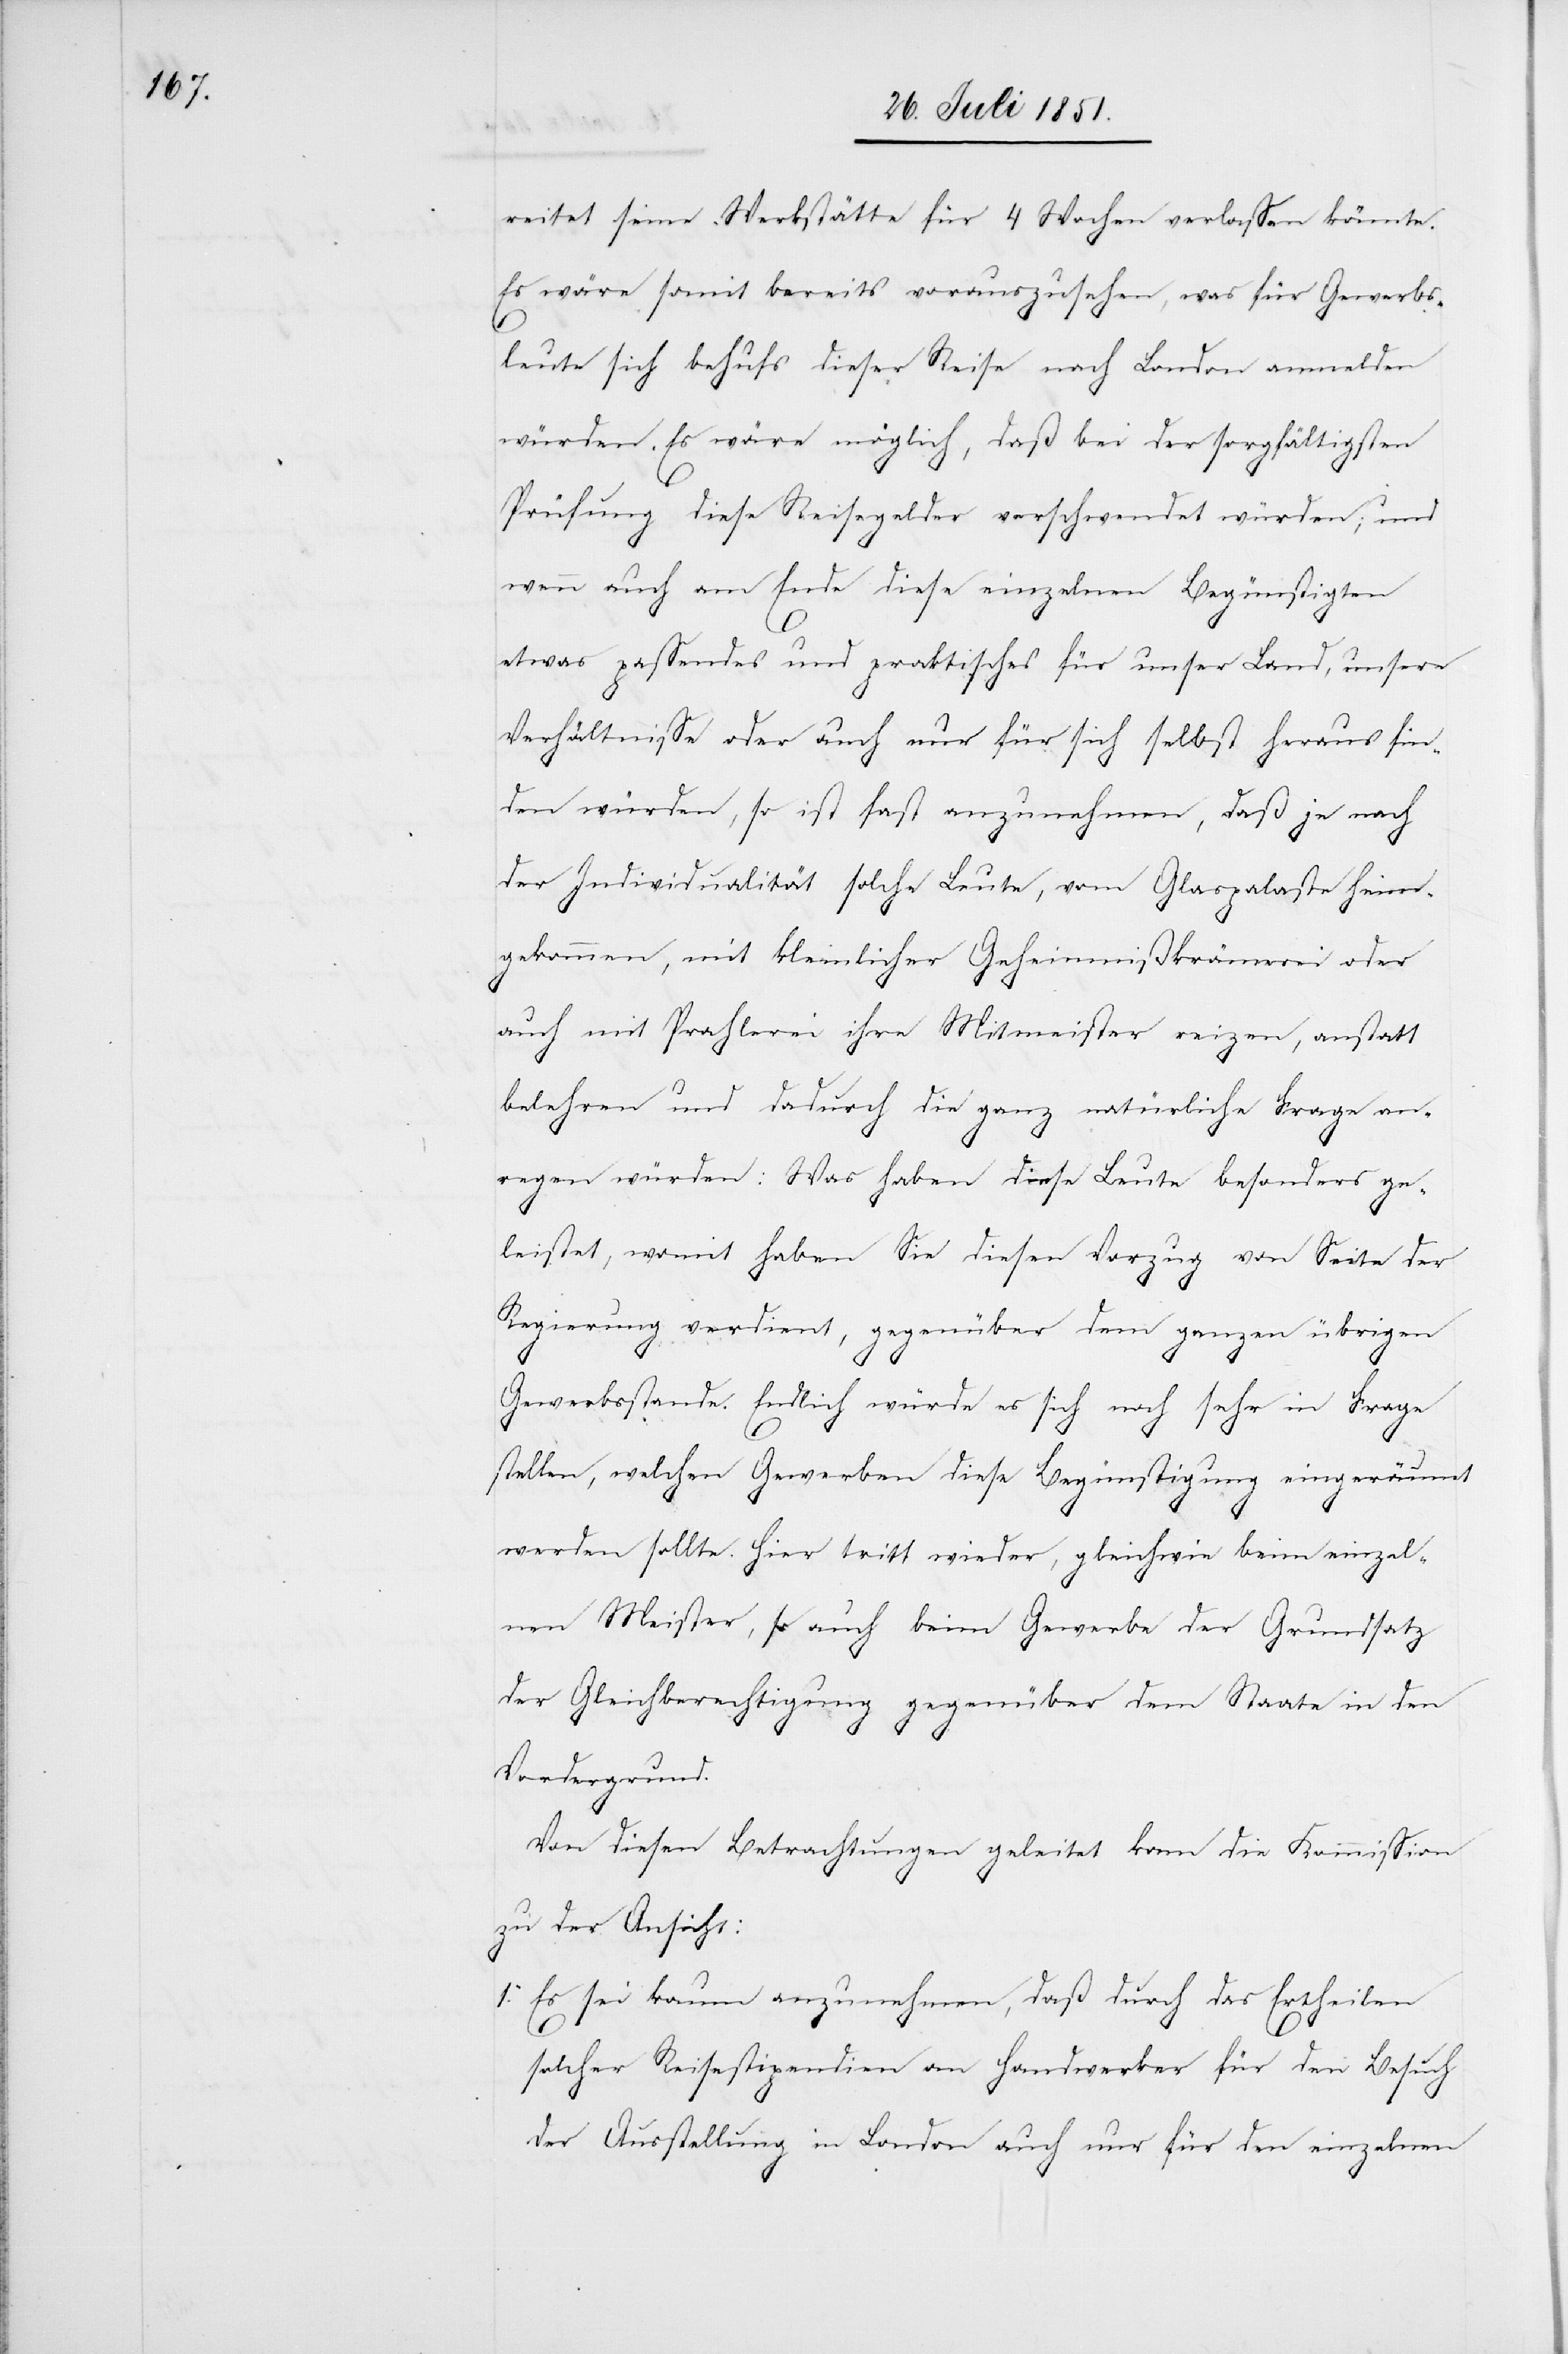
reitet seine Werkstätte für 4 Wochen verlassen könnte.
Es wäre somit bereits vorauszusehen, was für Gewerbs¬
leute sich behufs dieser Reise nach London anmelden
würden. Es wäre möglich, daß bei der sorgfältigsten
Prüfung diese Reisegelder verschwendet würden; und
wenn auch am Ende diese einzelnen Begünstigten
1.
etwas passendes und praktisches für unser Land, unsere
Verhältnisse oder auch nur für sich selbst heraus fin¬
den würden, so ist fast anzunehmen, daß je nach
der Individualität solche Leute, vom Glaspalaste heim¬
gekommen, mit kleinlicher Geheimnißkrämerei oder
auch mit Prahlerei ihre Mitmeister reizen, anstatt
belehren und dadurch die ganz natürliche Frage an¬
regen würden: Was haben diese Leute besonders ge¬
leistet, womit haben Sie diesen Vorzug von Seite der
Regierung verdient, gegenüber dem ganzen übrigen
Gewerbsstande. Endlich würde es sich noch sehr in Frage
stellen, welchen Gewerben diese Begünstigung eingeräumt
werden sollte. Hier tritt wieder, gleichwie beim einzel¬
nen Meister, so auch beim Gewerbe der Grundsatz
der Gleichberechtigung gegenüber dem Staate in den
Vordergrund.
Von diesen Betrachtungen geleitet kam die Kommission
zu der Ansicht:
Es sei kaum anzunehmen, daß durch das Ertheilen
solcher Reisestipendien an Handwerker für den Besuch
der Ausstellung in London auch nur für den einzelnen